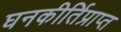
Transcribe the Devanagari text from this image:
घनकीर्तिप्राप्त